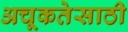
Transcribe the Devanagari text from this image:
अचूकतेसाठी